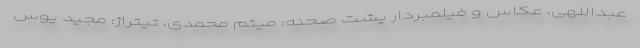
عبداللهی، عکاس و فیلمبردار پشت صحنه: میثم محمدی، تیتراژ: مجید یوس